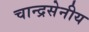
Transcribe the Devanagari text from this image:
चान्द्रसेनीय